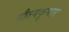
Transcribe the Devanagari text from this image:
गौतमकुमार